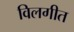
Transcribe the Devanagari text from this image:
विलगीत